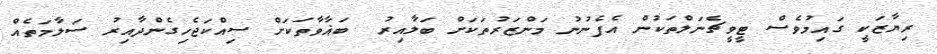
ރިޔާޒަކީ ގައިމުވެސް ޓީވީޗެނަލްތަކުން އެފެނުނު މަންޒަރުތަކަށް ބަލާއިރު  ބަޣާވާތަކަށް ސިއްކަޖެހިގެންދާއިރު ސަލާމަތެއް